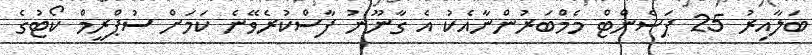
ބަލާއިރު 25 ޕަސެންޓް މެމްބަރުންނާއެކު އެ ގާނޫނު ފާސްކުރެވޭނެ ކަމަށް ސުޕްރީމް ކޯޓުގެ